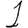
Digit: 1